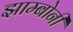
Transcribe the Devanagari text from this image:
झाम्बोनी